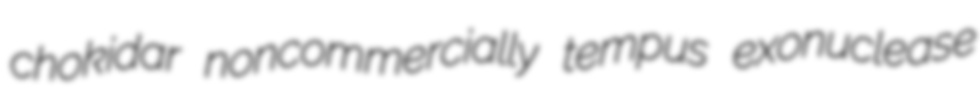
chokidar noncommercially tempus exonuclease